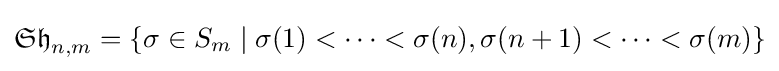
{\mathfrak {Sh}}_{n,m}=\{\sigma \in S_{m}\mid \sigma (1)<\cdots <\sigma (n),\sigma (n+1)<\cdots <\sigma (m)\}